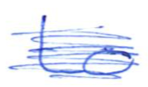
Text: to
Cross-out: scratch
Writing tool: ballpoint